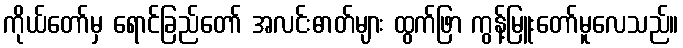
ကိုယ်တော်မှ ရောင်ခြည်တော် အလင်းဓာတ်များ ထွက်ဖြာ ကွန့်မြူးတော်မူလေသည်။